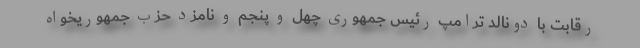
رقابت با دونالد ترامپ رئیس جمهوری چهل و پنجم و نامزد حزب جمهوریخواه